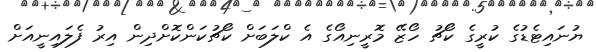
ޔުނައިޓެޑުގެ ކުރީގެ ކޯޗު ހޯޒޭ މޮރީނިއޯގެ އެ ކްލަބަށް ކޯޗުކަންކޮށްދިން އިރު ފެލައިނީއަށް